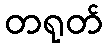
တရုတ်